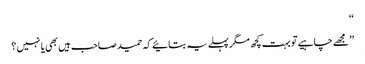
‘‘
’’ مجھے چاہیے تو بہت کچھ مگر پہلے یہ بتائیے کہ حمید صاحب ہیں بھی یا نہیں ؟